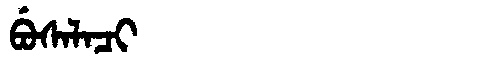
Manchu: ᠪᡠᠰᠠᠯᠠᠴᡳ
Romanization: BUSALACI